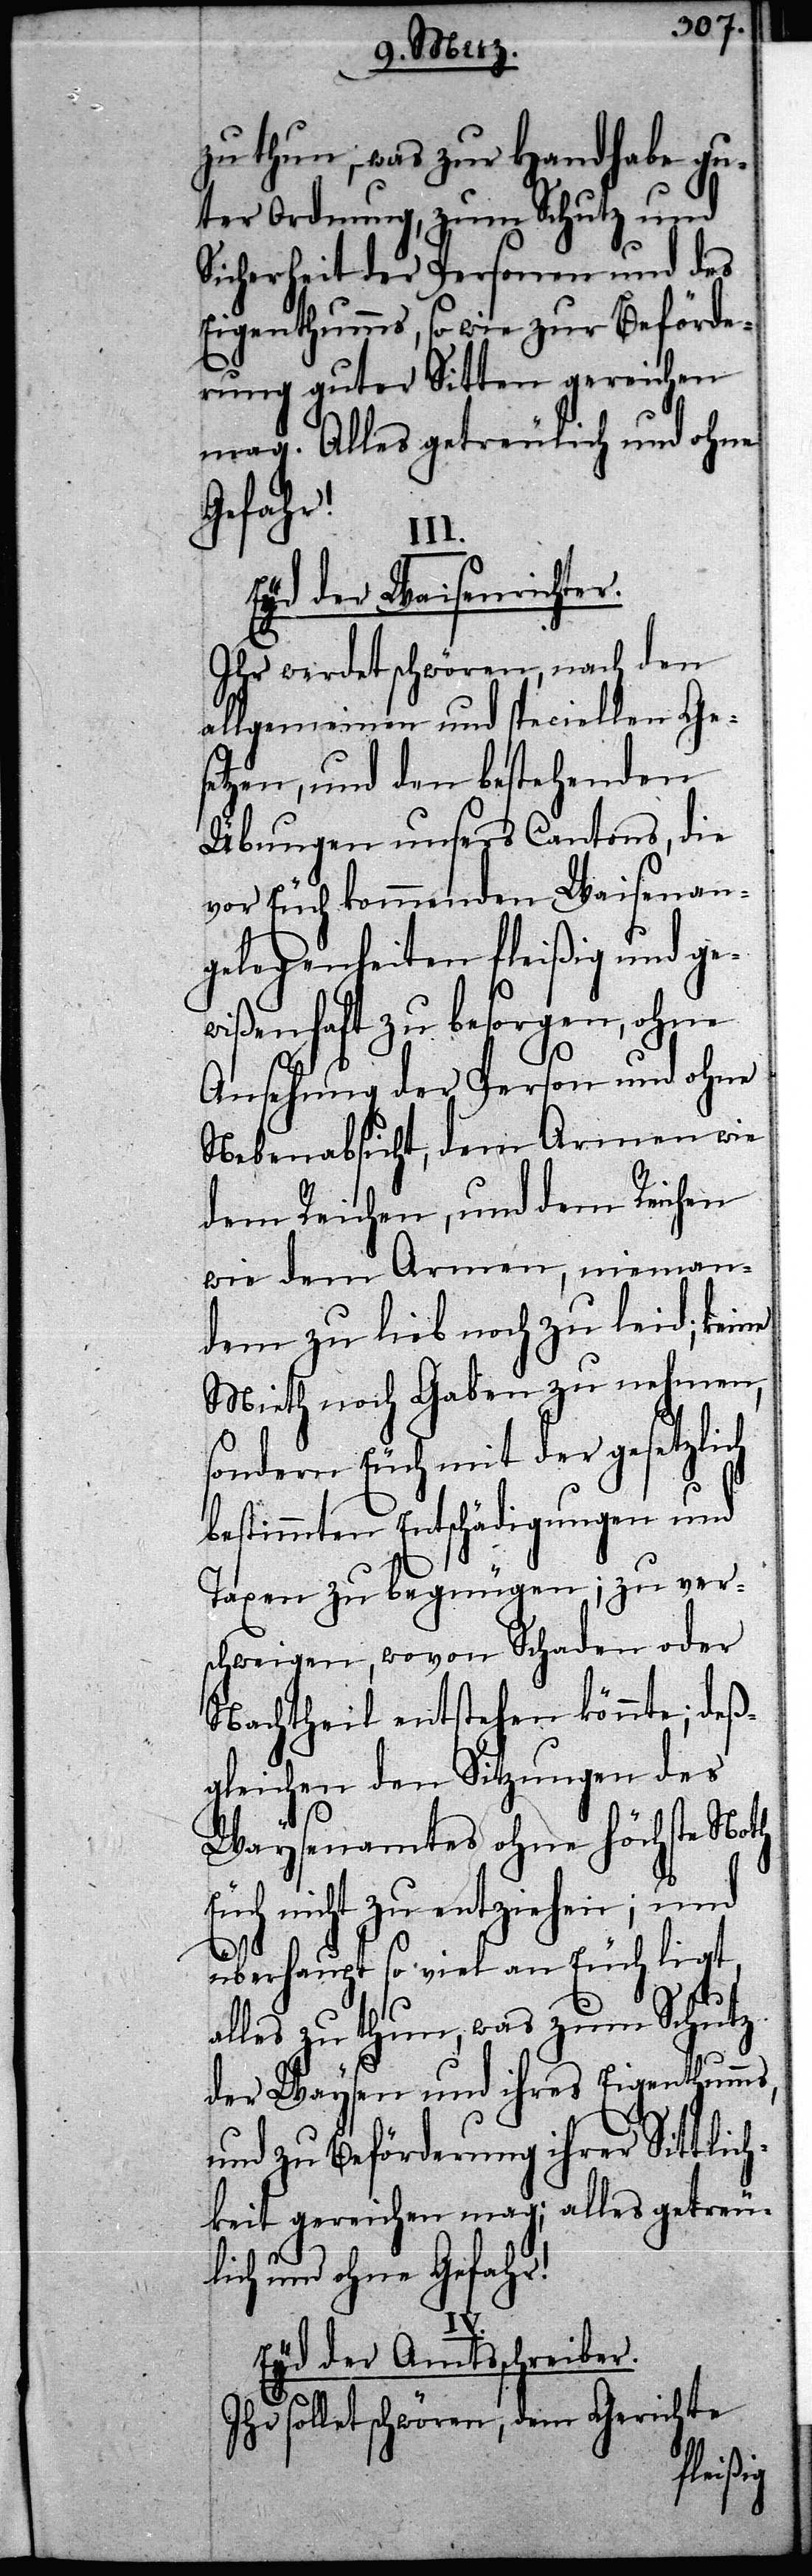
zu thun, was zur Handhabe gu¬
ter Ordnung, zum Schutz und
Sicherheit der Personen und des
Eigenthumms, so wie zur Beförde¬
rung guter Sitten gereichen
mag. Alles getreulich und ohne
Gefahr!
III.
Eyd der Waisenrichter.
Ihr werdet schwören, nach den
allgemeinen und speciellen Ge¬
setzen, und den bestehenden
Übungen unsers Cantons, die
vor Euch kommenden Waisenan¬
gelegenheiten fleißig und ge¬
wißenhaft zu besorgen, ohne
Ansehung der Person und ohne
Nebenabsicht, dem Armen wie
dem Reichen, und dem Reichen
wie dem Armen, nieman¬
dem zu lieb noch zu leid; keine
Mieth noch Gaben zu nehmen,
sondern Euch mit der [sic!]
bestimmten Entschädigungen und
Taxen zu begnügen; zu ver¬
schweigen, wovon Schaden oder
Nachtheil entstehen könnte; deß¬
gleichen den Sitzungen des
Waysenamtes ohne höchste Noth
Euch nicht zu entziehen; und
überhaupt so viel an Euch ligt,
alles zu thun, was zum Schutz
der Waysen und ihres Eigenthumms,
und zu Beförderung ihrer Sittlich¬
keit gereichen mag; alles getreu¬
lich und ohne Gefahr!
Eyd der Amtsschreiber.
Ihr sollet schwören, dem Gerichte